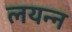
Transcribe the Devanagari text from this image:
लयन्न